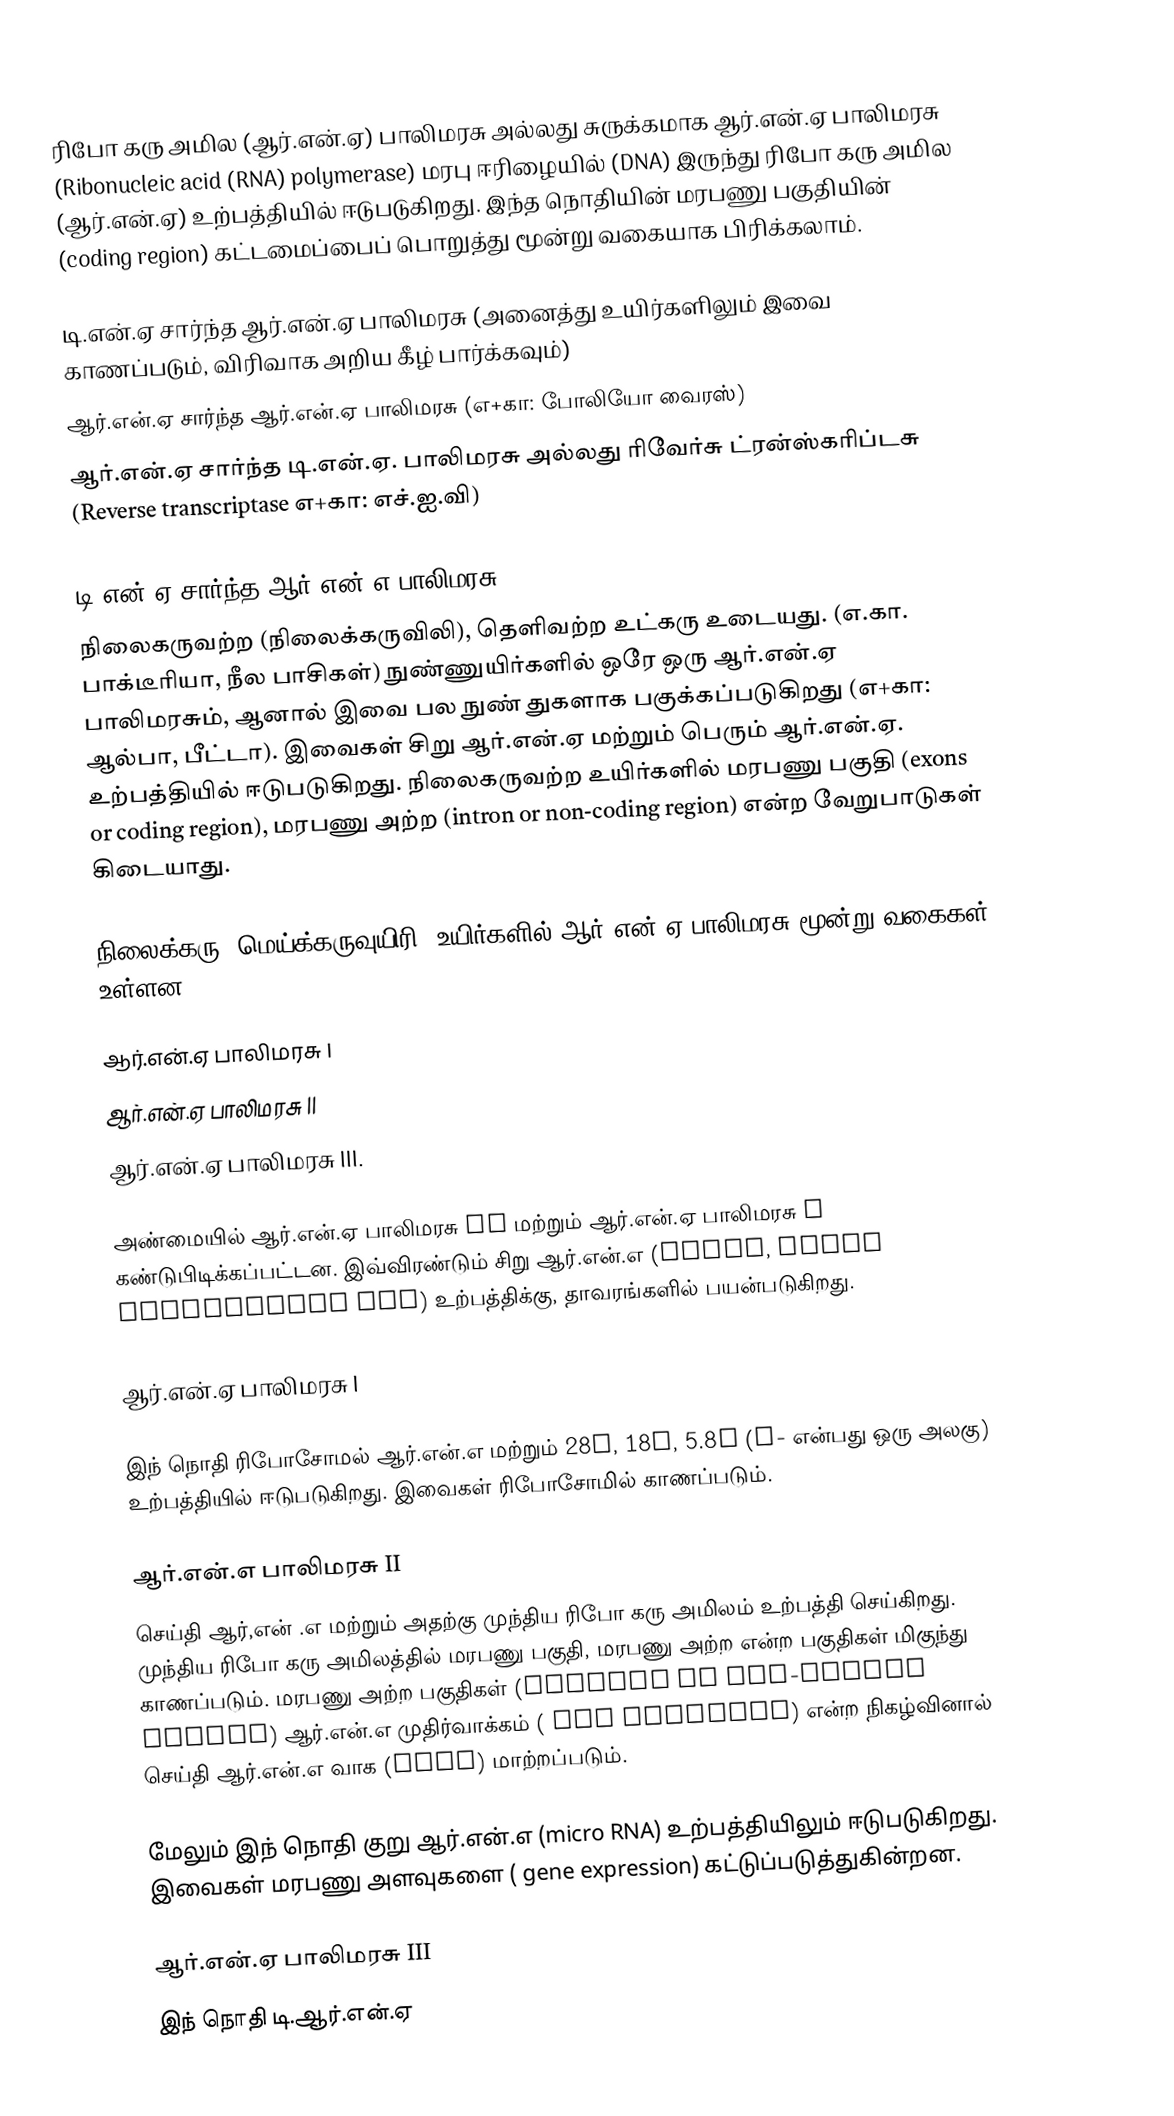
ரிபோ கரு அமில (ஆர்.என்.ஏ) பாலிமரசு அல்லது சுருக்கமாக ஆர்.என்.ஏ பாலிமரசு (Ribonucleic acid (RNA) polymerase) மரபு ஈரிழையில் (DNA) இருந்து ரிபோ கரு அமில (ஆர்.என்.ஏ) உற்பத்தியில் ஈடுபடுகிறது. இந்த நொதியின் மரபணு பகுதியின் (coding region) கட்டமைப்பைப் பொறுத்து மூன்று வகையாக பிரிக்கலாம்.

 டி.என்.ஏ சார்ந்த ஆர்.என்.ஏ பாலிமரசு (அனைத்து உயிர்களிலும் இவை காணப்படும், விரிவாக அறிய கீழ் பார்க்கவும்)
 ஆர்.என்.ஏ சார்ந்த ஆர்.என்.ஏ பாலிமரசு (எ+கா: போலியோ வைரஸ்)
 ஆர்.என்.ஏ சார்ந்த டி.என்.ஏ. பாலிமரசு அல்லது ரிவேர்சு ட்ரன்ஸ்கரிப்டசு (Reverse transcriptase எ+கா: எச்.ஐ.வி)

டி.என்.ஏ சார்ந்த ஆர்.என்.எ பாலிமரசு
நிலைகருவற்ற (நிலைக்கருவிலி), தெளிவற்ற உட்கரு உடையது. (எ.கா. பாக்டீரியா, நீல பாசிகள்) நுண்ணுயிர்களில் ஒரே ஒரு ஆர்.என்.ஏ பாலிமரசும், ஆனால் இவை பல நுண் துகளாக பகுக்கப்படுகிறது (எ+கா: ஆல்பா, பீட்டா). இவைகள் சிறு ஆர்.என்.ஏ மற்றும் பெரும் ஆர்.என்.ஏ. உற்பத்தியில் ஈடுபடுகிறது. நிலைகருவற்ற உயிர்களில் மரபணு பகுதி (exons or coding region), மரபணு அற்ற (intron or non-coding region) என்ற வேறுபாடுகள் கிடையாது.

நிலைக்கரு (மெய்க்கருவுயிரி) உயிர்களில் ஆர்.என்.ஏ பாலிமரசு மூன்று வகைகள் உள்ளன.

 ஆர்.என்.ஏ பாலிமரசு I
 ஆர்.என்.ஏ பாலிமரசு II
 ஆர்.என்.ஏ பாலிமரசு III.

அண்மையில் ஆர்.என்.ஏ பாலிமரசு IV மற்றும் ஆர்.என்.ஏ பாலிமரசு V கண்டுபிடிக்கப்பட்டன. இவ்விரண்டும் சிறு ஆர்.என்.எ (siRNA, short interfering RNA) உற்பத்திக்கு, தாவரங்களில் பயன்படுகிறது.

ஆர்.என்.ஏ பாலிமரசு I

இந் நொதி ரிபோசோமல் ஆர்.என்.எ மற்றும் 28S, 18S, 5.8S (S- என்பது ஒரு அலகு) உற்பத்தியில் ஈடுபடுகிறது. இவைகள் ரிபோசோமில் காணப்படும்.

ஆர்.என்.எ பாலிமரசு II
செய்தி ஆர்,என் .எ மற்றும் அதற்கு முந்திய ரிபோ கரு அமிலம் உற்பத்தி செய்கிறது. முந்திய ரிபோ கரு அமிலத்தில் மரபணு பகுதி, மரபணு அற்ற என்ற பகுதிகள் மிகுந்து காணப்படும். மரபணு அற்ற பகுதிகள் (introns or non-coding region) ஆர்.என்.எ முதிர்வாக்கம் ( RNA Splicing) என்ற நிகழ்வினால் செய்தி ஆர்.என்.எ வாக (mRNA) மாற்றப்படும்.

மேலும் இந் நொதி குறு ஆர்.என்.எ (micro RNA) உற்பத்தியிலும் ஈடுபடுகிறது. இவைகள் மரபணு அளவுகளை ( gene expression) கட்டுப்படுத்துகின்றன.

ஆர்.என்.ஏ பாலிமரசு III
இந் நொதி டி.ஆர்.என்.ஏ